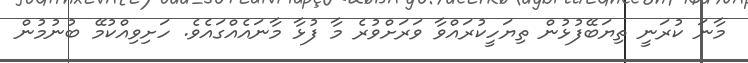
މާނަ ކުރަނީ ތިޔަބޭފުޅުން ތިޔަހީކުރައްވާ ވަރަށްވުރެ މާ ފުޅާ މާނައެއްގައެވެ. ހަށިވިއްކުމޭ ބުނުމުން